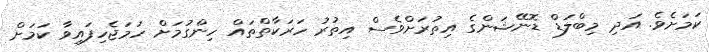
ކަމަށެވެ. އަދި މިބްލަޑް ޑޮނޭޝަންގެ އިތުރަށްވެސް އިތުރު ހަރަކާތްތައް ހިންގުމަށް ހަމަޖެހިފައިވާ ކަމަށް